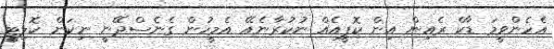
އެހެންވީމަ ޑާކް ރެއިން އިން ކޮޕީއެއް ނުކުރާނެއޭ އެމީހުން ގެނެސްދޭނީ ނިކަން ކޮލިޓީ